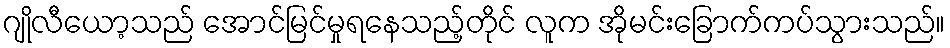
ဂျိုလီယော့သည် အောင်မြင်မှုရနေသည့်တိုင် လူက အိုမင်းခြောက်ကပ်သွားသည်။